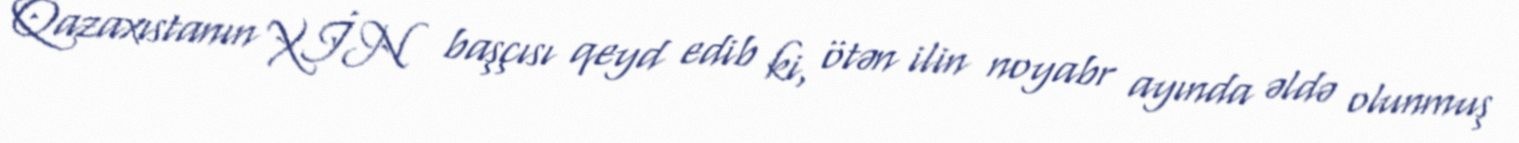
Qazaxıstanın XİN başçısı qeyd edib ki, ötən ilin noyabr ayında əldə olunmuş